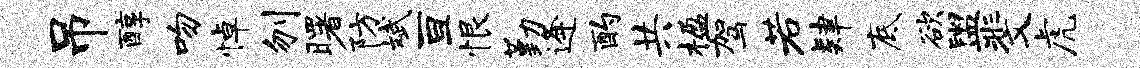
吊醇吻悼刎曙防斌亘恨勤逄酌共楹驾若肄底欲盥斐虎